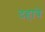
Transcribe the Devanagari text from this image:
दहात्रे